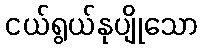
ငယ်ရွယ်နုပျိုသော